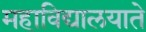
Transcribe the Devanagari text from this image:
महाविद्यालयाते